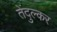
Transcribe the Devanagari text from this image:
तेंदुल्कर